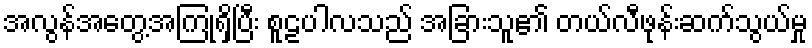
အလွန်အတွေ့အကြုံရှိပြီး စူဠပါလသည် အခြားသူ၏ တယ်လီဖုန်းဆက်သွယ်မှု